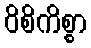
ဝိစိကိစ္စာ